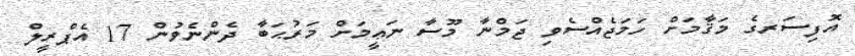
އޮފިސަރގެ މަޤާމަށް ހަމަޖެއްސެވި ޖަމްނާ މޫސާ ނަޢީމަށް މަރުޙަބާ ދެންނެވުން 17 އެޕްރީލް